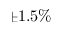
\pm 1 . 5 \%